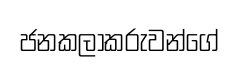
ජනකලාකරුවන්ගේ